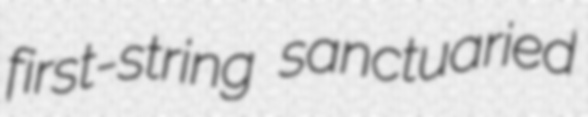
first-string sanctuaried